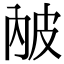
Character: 𤿏